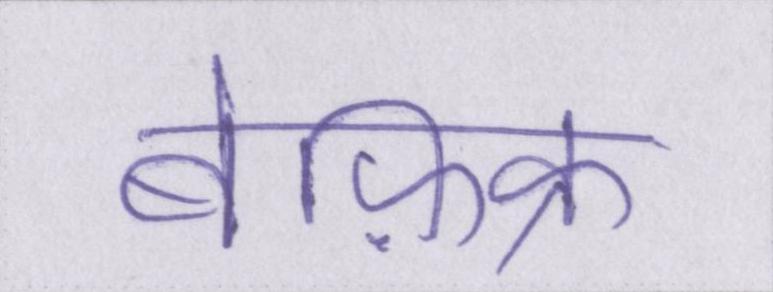
बेफ़िक्र